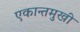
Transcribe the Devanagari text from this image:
एकान्तमुखी